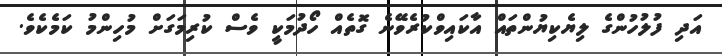
އަދި ފުލުހުންގެ ލިޔެކިޔުންތައް އާކައިވްކުރެވޭނެ ގޮތެއް ހޯދުމަކީ ވެސް ކުރިމަގަށް މުހިންމު ކަމެކެވެ.